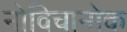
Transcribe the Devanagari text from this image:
नोविचानोक